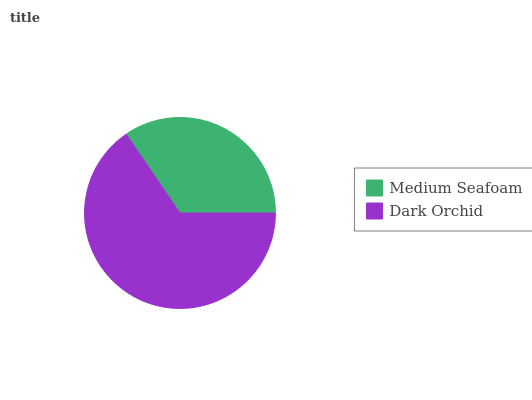
| Medium Seafoam | Dark Orchid |
 | --- | --- |
 | 34.6% | 65.4% |